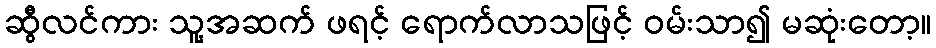
ဆွီလင်ကား သူ့အဆက် ဖရင့် ရောက်လာသဖြင့် ဝမ်းသာ၍ မဆုံးတော့။